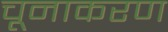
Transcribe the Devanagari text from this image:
चूनाकरण